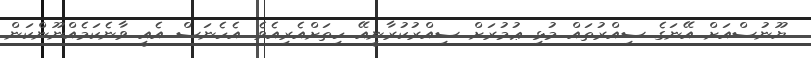
ޔޫނުސްއަށް އޭނަގެ ސިއްރުތައް މުޅި ޢުމުރަށް ސިއްރުކުރާނީއޭ ހިތަށްއެރިއެވެ. އެހެނަސް އެއީ ވާނެކަމެއްނޫންކަން